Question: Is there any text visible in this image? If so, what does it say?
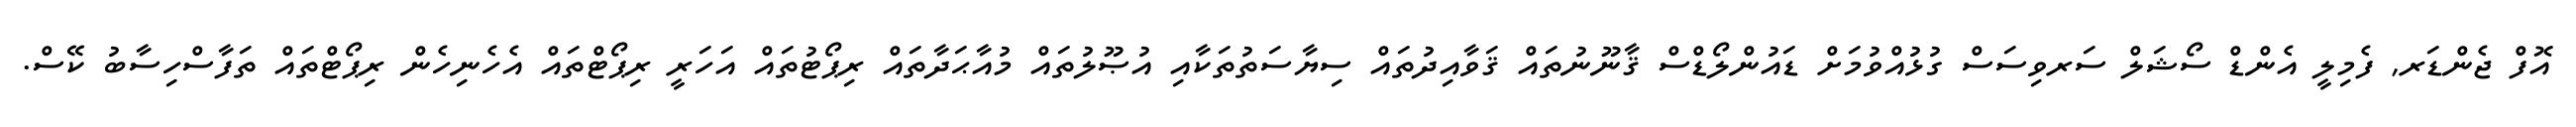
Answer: އޮފް ޖެންޑަރ, ފެމިލީ އެންޑް ސޯޝަލް ސަރވިސަސް ގުޅުއްވުމަށް ޑައުންލޯޑްސް ޤާނޫނުތައް ޤަވާއިދުތައް ސިޔާސަތުތަކާއި އުޞޫލުތައް މުއާޙަދާތައް ރިޕޯޓުތައް އަހަރީ ރިޕޯޓްތައް އެހެނިހެން ރިޕޯޓްތައް ތަފާސްހިސާބު ކޭސް.